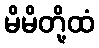
မိမိတို့ထံ